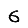
Digit: 6